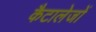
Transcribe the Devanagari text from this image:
कैटालेजों